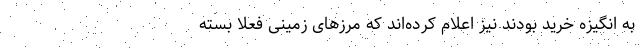
به انگیزه خرید بودند نیز اعلام کرده‌اند که مرزهای زمینی فعلا بسته